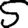
Digit: 5